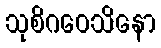
သုစိဂဝေသိနော